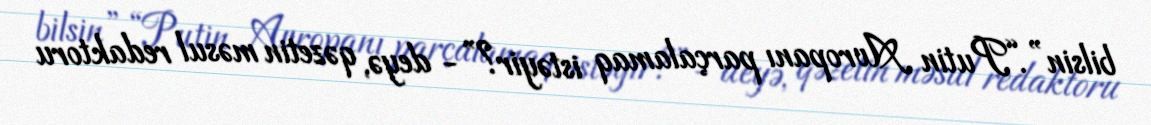
bilsin”.“Putin Avropanı parçalamaq istəyir?”- deyə, qəzetin məsul redaktoru